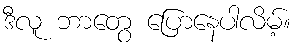
ဒီလူ ဘာတွေ ပြောနေပါလိမ့်။